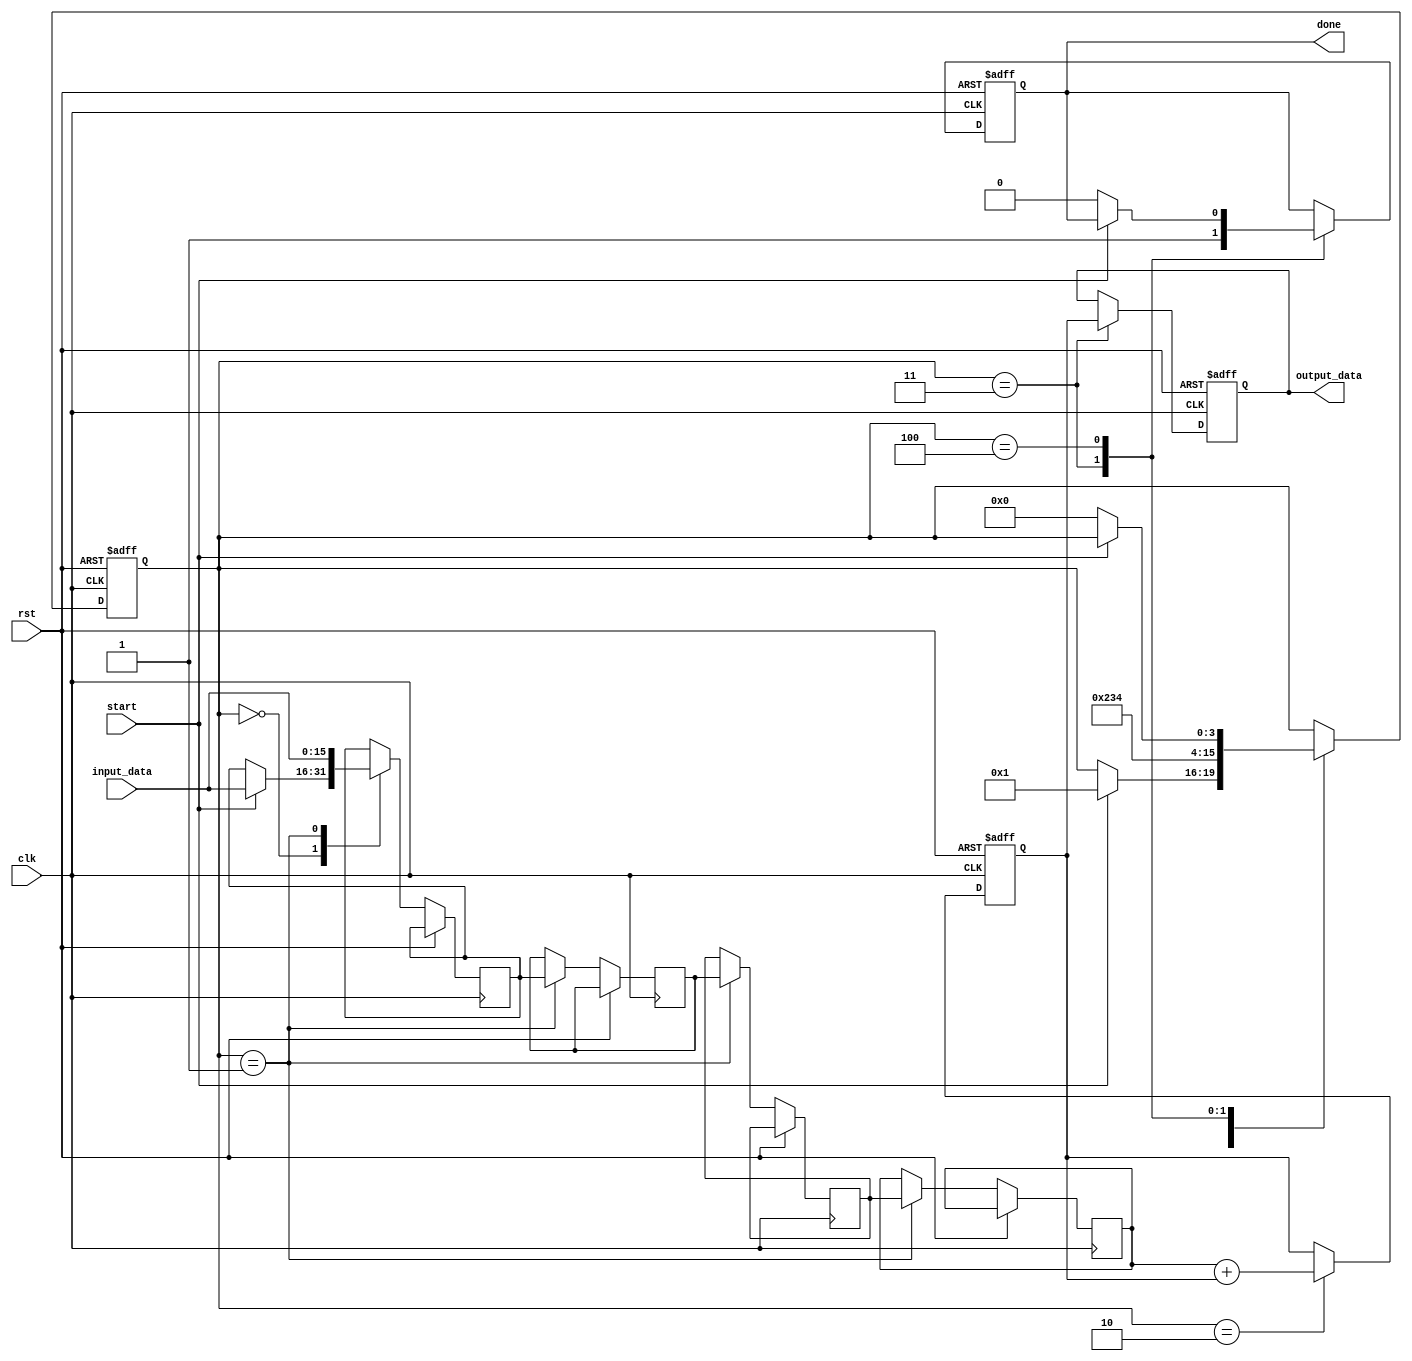
module systolic_array_reciprocal #(
    parameter PE_ROWS = 4, // Number of rows in the PE array
    parameter PE_COLS = 4, // Number of columns in the PE array
    parameter DATA_WIDTH = 16 // Width of the input/output data
)(
    input wire clk,
    input wire rst,
    input wire [DATA_WIDTH-1:0] input_data, // Input number for which reciprocal is to be computed
    input wire start, // Signal to start the computation
    output reg [DATA_WIDTH-1:0] output_data, // Output reciprocal
    output reg done // Signal to indicate completion
);

    // Processing Element (PE) structure
    reg [DATA_WIDTH-1:0] pe [0:PE_ROWS-1][0:PE_COLS-1]; // PE array
    reg [DATA_WIDTH-1:0] input_buffer [0:PE_ROWS-1]; // Input buffer for each row
    reg [DATA_WIDTH-1:0] output_buffer [0:PE_COLS-1]; // Output buffer for each column
    reg [3:0] state; // State variable for FSM
    reg [3:0] row, col; // Row and column indices

    // State encoding
    localparam IDLE = 0, LOAD = 1, COMPUTE = 2, OUTPUT = 3, DONE = 4;

    // Control logic for the systolic array
    always @(posedge clk or posedge rst) begin
        if (rst) begin
            state <= IDLE;
            done <= 0;
            output_data <= 0;
            // Reset all PEs
            for (row = 0; row < PE_ROWS; row = row + 1) begin
                for (col = 0; col < PE_COLS; col = col + 1) begin
                    pe[row][col] <= 0;
                end
            end
        end else begin
            case (state)
                IDLE: begin
                    if (start) begin
                        state <= LOAD;
                        // Load input data into the first row of PEs
                        input_buffer[0] <= input_data;
                    end
                end
                LOAD: begin
                    // Shift input data to the next row
                    for (row = 1; row < PE_ROWS; row = row + 1) begin
                        input_buffer[row] <= input_buffer[row-1];
                    end
                    // Load new input data into the first row
                    input_buffer[0] <= input_data;
                    state <= COMPUTE;
                end
                COMPUTE: begin
                    // Perform computation in each PE
                    for (row = 0; row < PE_ROWS; row = row + 1) begin
                        for (col = 0; col < PE_COLS; col = col + 1) begin
                            // Example computation (to be replaced with actual reciprocal logic)
                            pe[row][col] <= input_buffer[row] + pe[row][col]; // Placeholder operation
                        end
                    end
                    state <= OUTPUT;
                end
                OUTPUT: begin
                    // Collect output from the last column of PEs
                    output_data <= pe[PE_ROWS-1][PE_COLS-1]; // Example output
                    done <= 1; // Indicate that computation is done
                    state <= DONE;
                end
                DONE: begin
                    if (!start) begin
                        state <= IDLE; // Reset state if start signal is low
                        done <= 0;
                    end
                end
            endcase
        end
    end

endmodule